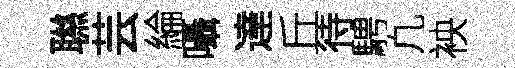
聮芸綸囁達丘待騁凢䘧